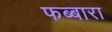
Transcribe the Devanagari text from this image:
फब्बारा